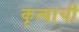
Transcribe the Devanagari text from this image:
कृत्याची